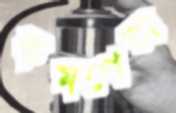
কমপেক্স